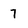
Character: 7